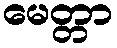
မေတ္တာ